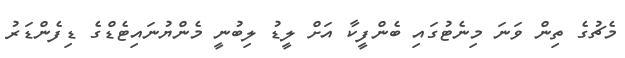
މެޗުގެ ތިން ވަނަ މިނެޓުގައި ބެންފީކާ އަށް ލީޑު ލިބުނީ މެންޔުނައިޓެޑްގެ ޑިފެންޑަރު